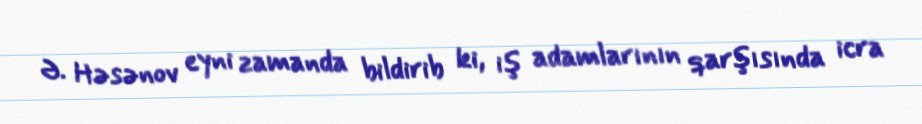
Ə. Həsənov eyni zamanda bildirib ki, iş adamlarının qarşısında icra